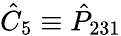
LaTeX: \hat{C}_{5}\equiv\hat{P}_{231}